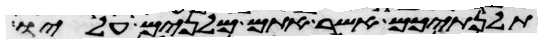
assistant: תלנתיכם אשר אתם מלנים עליו